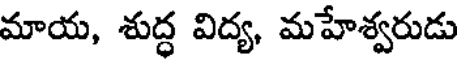
మాయ, శుద్ధ విద్య, మహేశ్వరుడు